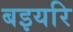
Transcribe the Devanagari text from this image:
बइयरि